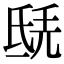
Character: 𣱎